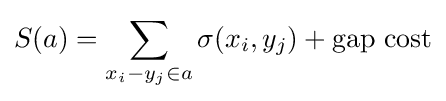
S(a)=\sum _{x_{i}-y_{j}\in a}\sigma (x_{i},y_{j})+{\text{gap cost}}